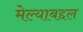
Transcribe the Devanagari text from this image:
मेल्याबद्दल